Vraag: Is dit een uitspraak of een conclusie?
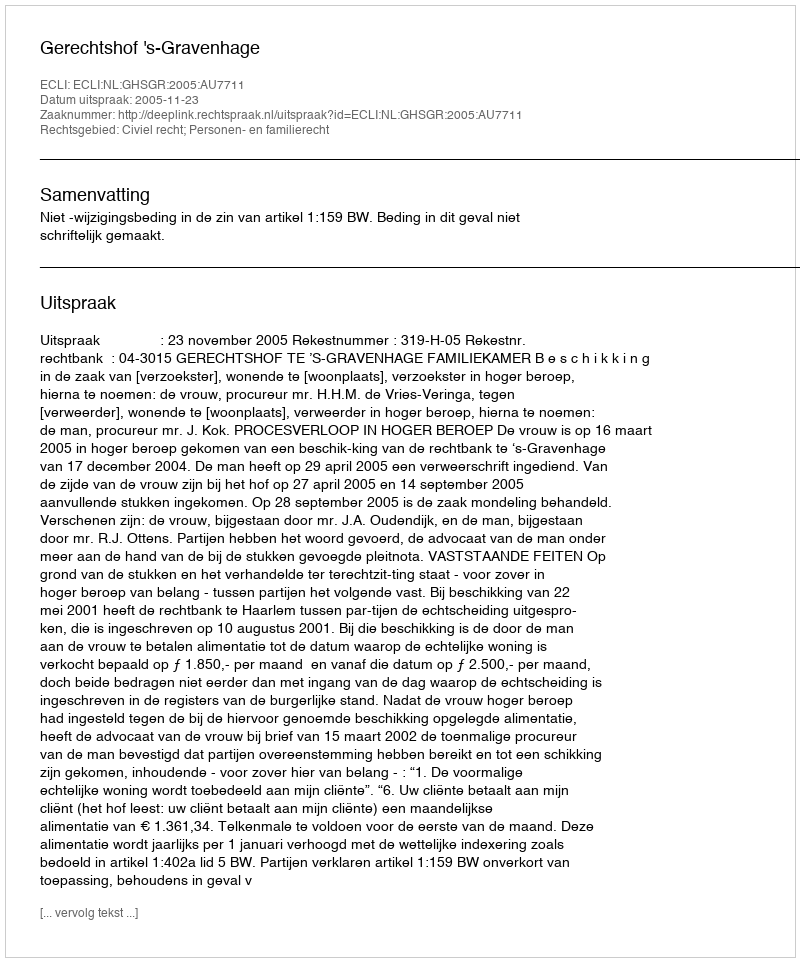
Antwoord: Uitspraak